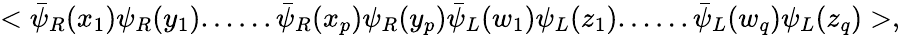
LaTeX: <\bar{\psi}_{R}(x_{1})\psi_{R}(y_{1})......\bar{\psi}_{R}(x_{p})\psi_{R}(y_{p})\bar{\psi}_{L}(w_{1})\psi_{L}(z_{1})......\bar{\psi}_{L}(w_{q})\psi_{L}(z_{q})>,